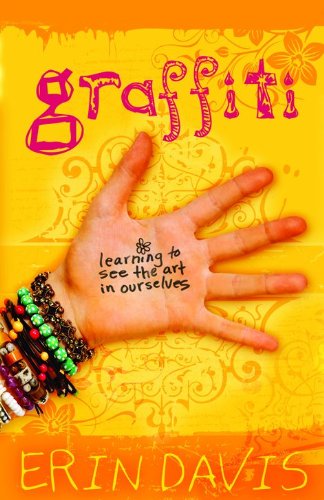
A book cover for Graffiti: Learning to See the Art in Ourselves; Erin Davis; Teen & Young Adult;